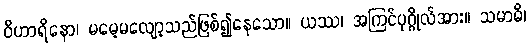
ဝိဟာရိနော၊ မမေ့မလျော့သည်ဖြစ်၍နေသော။ ယဿ၊ အကြင်ပုဂ္ဂိုလ်အား။ သမာဓိ၊